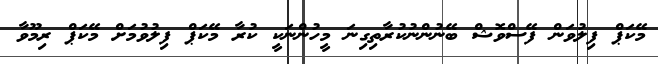
މޭކަޕް ފިލުވަން ފޭސްވޮޝް ބޭނުންނުކުރާތިގިނަ މީހުންނަކީ ކުރާ މޭކަޕް ފިލުވުމަށް މޭކަޕް ރިމޫވާ